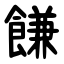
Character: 䭑